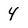
Character: 4